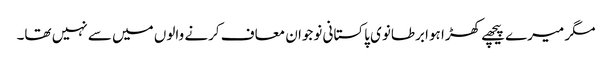
مگر میرے پیچھے کھڑا ہوا برطانوی پاکستانی نوجوان معاف کرنے والوں میں سے نہیں تھا۔